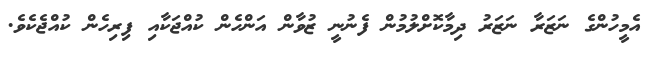
އެމީހުންގެ ނަޒަރާ ނަޒަރު ދިމާކޮށްލުމުން ފެނުނީ ޒުވާން އަންހެން ކުއްޖަކާއި ފިރިހެން ކުއްޖެކެވެ.